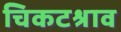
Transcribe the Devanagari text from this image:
चिकटश्राव